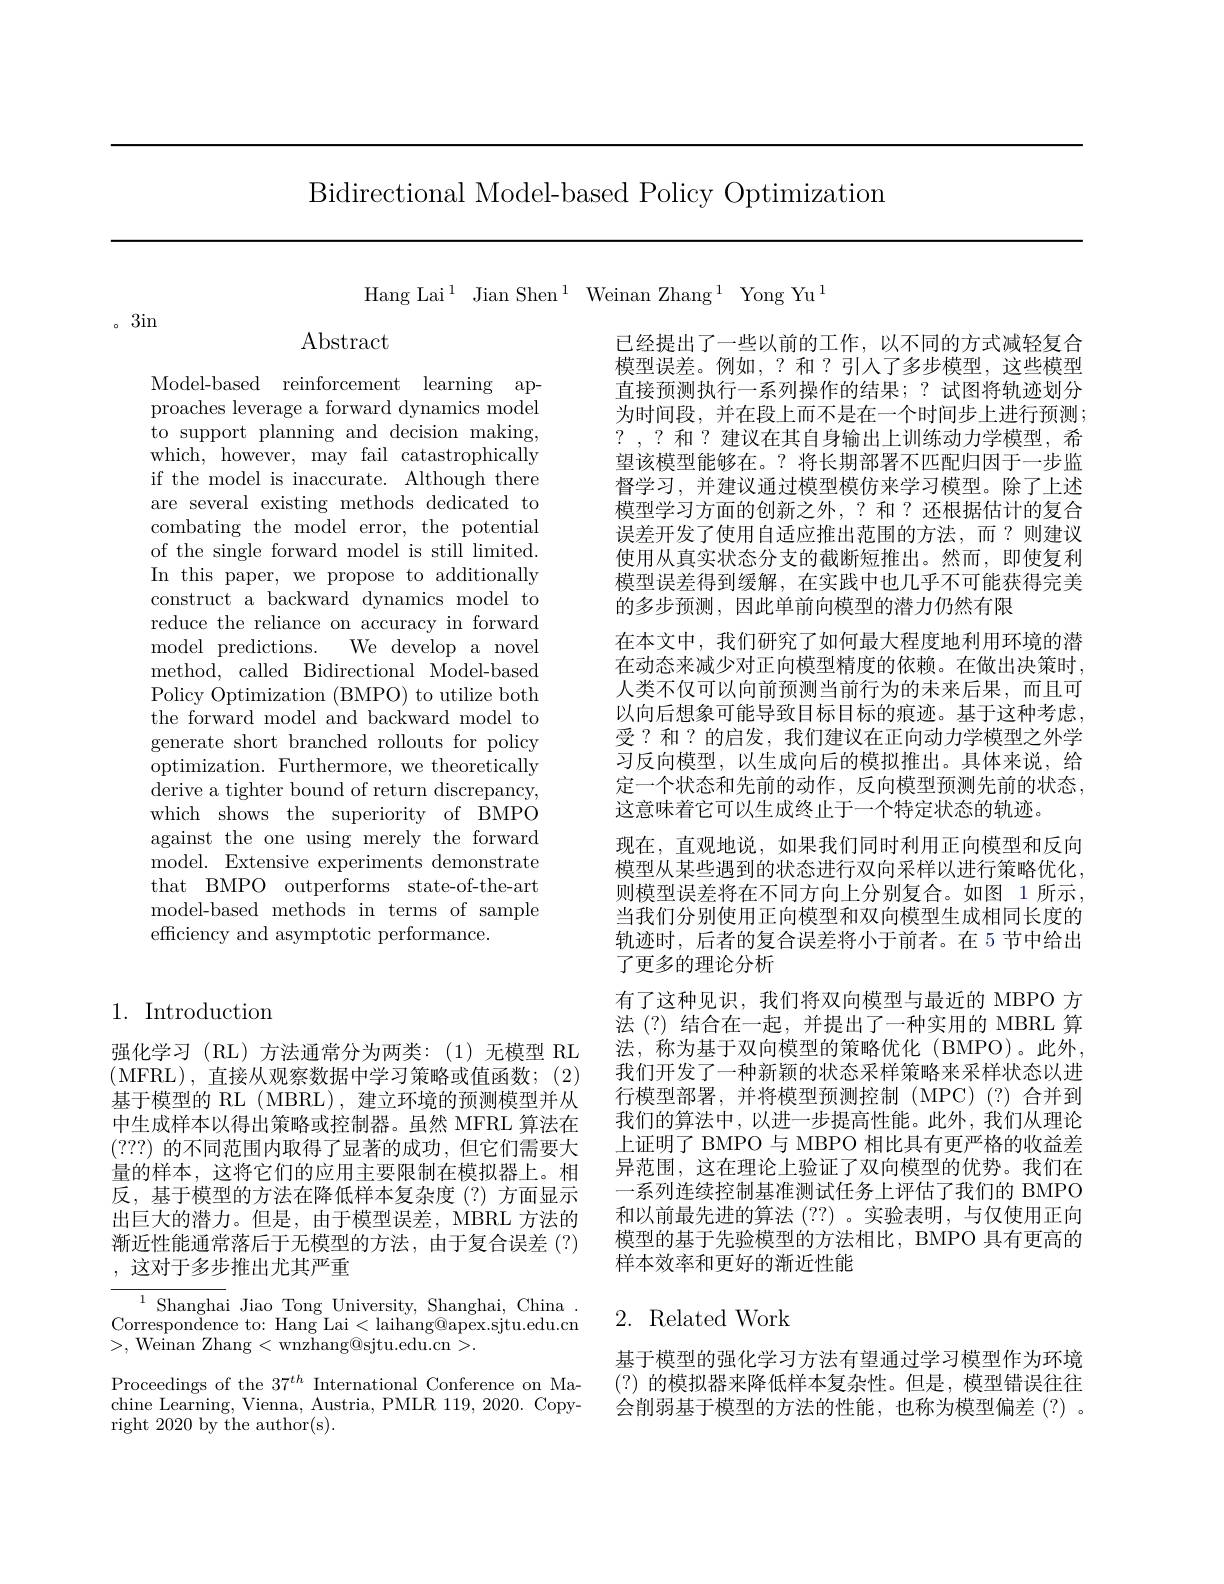
Bidirectional Model-based Policy Optimization

Hang Lai$^1$ Jian Shen$^1$ Weinan Zhang$^1$ Yong Yu$^1$

。3in

1. Introduction

强化学习(RL)方法通常分为两类：(1)无模型 RL (MFRL),直接从观察数据中学习策略或值函数；(2) 基于模型的 RL ( MBRL), 建立环境的预测模型并从中生成样本以得出策略或控制器。虽然 MFRL 算法在(???)的不同范围内取得了显著的成功，但它们需要大量的样本，这将它们的应用主要限制在模拟器上。相反，基于模型的方法在降低样本复杂度(?)方面显示出巨大的潜力。但是，由于模型误差，MBRL 方法的渐近性能通常落后于无模型的方法，由于复合误差(?) ,这对于多步推出尤其严重

${^{1}\text{Shangha}}$i Jiao Tong University, Shanghai, China. Correspondence to: Hang Lai< laihang@apex.sjtu.edu.cn >, Weinan Zhang$<\bar{\text{wnzhang@sjtu.edu.cn}}>.$
Proceedings of the $37^{th}$ International Conference on Machine Learning, Vienna, Austria, PMLR 119, 2020. Copyright 2020 by the author(s).

$\operatorname{Abstract}$

Model-based reinforcement learning approaches leverage a forward dynamics model to support planning and decision making, which, however, may fail catastrophically if the model is inaccurate. Although there are several existing methods dedicated to combating the model error, the potential of the single forward model is still limited. In this paper, we propose to additionally construct a backward dynamics model to reduce the reliance on accuracy in forward model predictions. We develop a novel method, called Bidirectional Model-based Policy Optimization (BMPO) to utilize both the forward model and backward model to generate short branched rollouts for policy optimization. Furthermore, we theoretically derive a tighter bound of return discrepancy, which shows the superiority of BMPO against the one using merely the forward model. Extensive experiments demonstrate that BMPO outperforms state-of-the-art model-based methods in terms of sample efficiency and asymptotic performance.

已经提出了一些以前的工作，以不同的方式减轻复合模型误差。例如，? 和？引人了多步模型，这些模型直接预测执行一系列操作的结果；?试图将轨迹划分为时间段，并在段上而不是在一个时间步上进行预测； ?,?和？建议在其自身输出上训练动力学模型，希望该模型能够在。? 将长期部署不匹配归因于一步监督学习，并建议通过模型模仿来学习模型。除了上述模型学习方面的创新之外，?和？还根据估计的复合误差开发了使用自适应推出范围的方法，而？则建议使用从真实状态分支的截断短推出。然而，即使复利模型误差得到缓解，在实践中也几乎不可能获得完美的多步预测，因此单前向模型的潜力仍然有限
在本文中，我们研究了如何最大程度地利用环境的潜在动态来减少对正向模型精度的依赖。在做出决策时， 人类不仅可以向前预测当前行为的未来后果，而且可以向后想象可能导致目标目标的痕迹。基于这种考虑， 受？和？的启发，我们建议在正向动力学模型之外学习反向模型，以生成向后的模拟推出。具体来说，给定一个状态和先前的动作，反向模型预测先前的状态， 这意味着它可以生成终止于一个特定状态的轨迹。
现在，直观地说，如果我们同时利用正向模型和反向模型从某些遇到的状态进行双向采样以进行策略优化， 则模型误差将在不同方向上分别复合。如图 1 所示， 当我们分别使用正向模型和双向模型生成相同长度的轨迹时，后者的复合误差将小于前者。在 5 节中给出了更多的理论分析
有了这种见识，我们将双向模型与最近的 MBPO 方法 (?) 结合在一起，并提出了一种实用的 MBRL 算法，称为基于双向模型的策略优化(BMPO)。此外， 我们开发了一种新颖的状态采样策略来采样状态以进行模型部署，并将模型预测控制(MPC)(?)合并到我们的算法中，以进一步提高性能。此外，我们从理论上证明了 BMPO 与 MBPO 相比具有更严格的收益差异范围，这在理论上验证了双向模型的优势。我们在一系列连续控制基准测试任务上评估了我们的 BMPO 和以前最先进的算法 (??) 。实验表明，与仅使用正向模型的基于先验模型的方法相比，BMPO 具有更高的样本效率和更好的渐近性能

## 2. Related Work

基于模型的强化学习方法有望通过学习模型作为环境(?)的模拟器来降低样本复杂性。但是，模型错误往往会削弱基于模型的方法的性能，也称为模型偏差(?)。